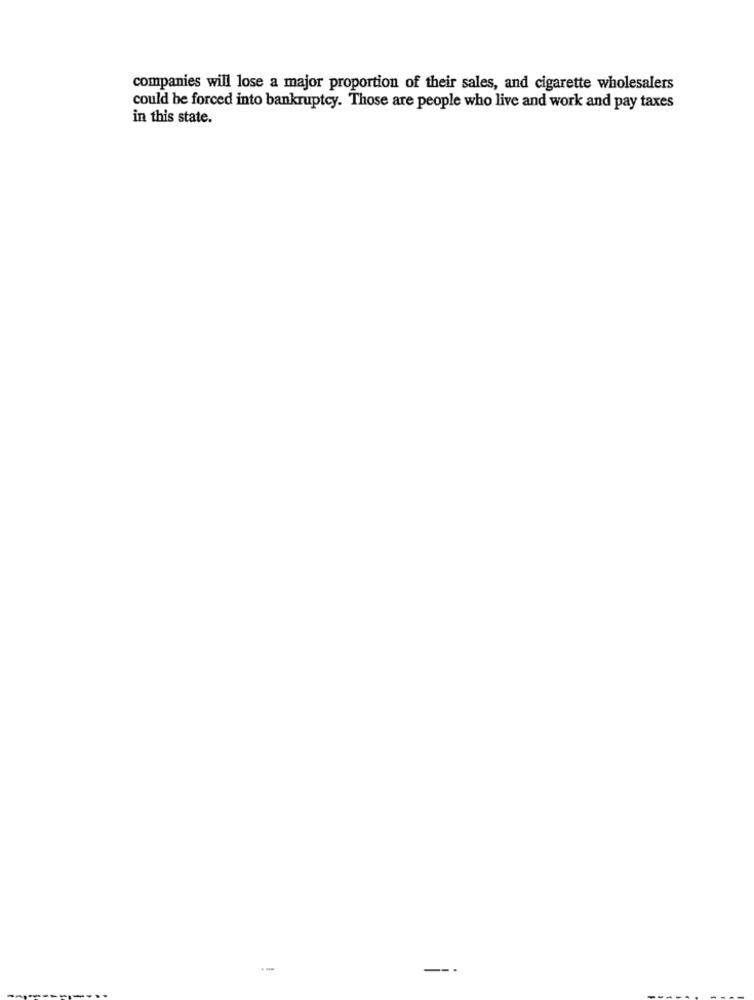
companies will lose a major proportion of their sales, and cigarette wholesalers
could be forced into bankruptcy. Those are people who live and work and pay taxes
in this state.
-